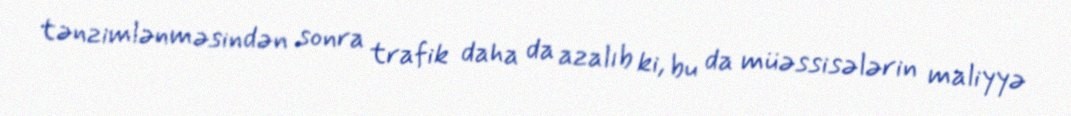
tənzimlənməsindən sonra trafik daha da azalıb ki, bu da müəssisələrin maliyyə